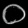
Digit: ၀